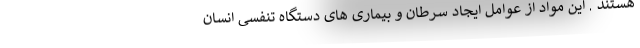
هستند . این مواد از عوامل ایجاد سرطان و بیماری های دستگاه تنفسی انسان